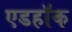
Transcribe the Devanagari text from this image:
एडहॉक